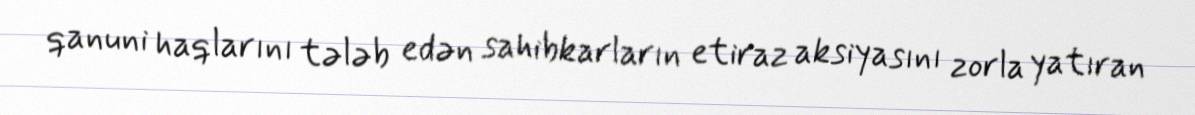
qanuni haqlarını tələb edən sahibkarların etiraz aksiyasını zorla yatıran